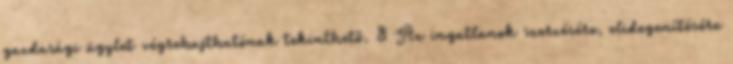
gazdasági ügylet végrehajthatónak tekinthető. 8 Az ingatlanok szerzésére, elidegenítésére